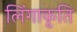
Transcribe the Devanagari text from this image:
लिंगाकृति